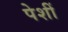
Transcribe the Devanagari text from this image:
पेशीं